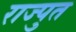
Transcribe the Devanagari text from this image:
राज्पुत